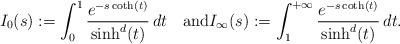
LaTeX: \begin{align*}I_0(s):=\int_0^1 \frac{e^{-s\coth(t)}}{\sinh^d(t)} \,dt\quad\mbox{and}I_\infty(s):=\int_1^{+\infty} \frac{e^{-s\coth(t)}}{\sinh^d(t)}\,d t.\end{align*}